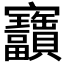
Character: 𫴫